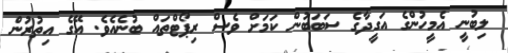
ލިބުނީ އެމީހުންގެ އަގީދާގެ ސަބަބުން ކަމަށް ވެސް ރިޕޯޓްތައް ބުނެއެވެ. އޭގެ އިތުރުން